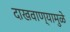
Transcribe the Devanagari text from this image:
दाखवाण्यामुळे